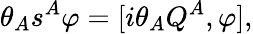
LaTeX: \theta_{A}s^{A}\varphi={[i\theta_{A}Q^{A},\varphi]},